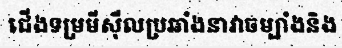
ជើងទម្រមីស៊ីលប្រឆាំងនាវាចម្បាំងនិង